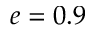
e = 0 . 9